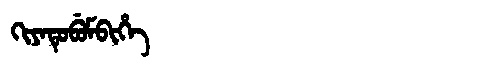
Manchu: ᡴᡳᠶᠠᡨᡠᠪᡠᠮᠪᡳᡥᡝ
Romanization: KIYATUBUMBIHE